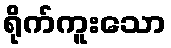
ရိုက်ကူးသော